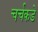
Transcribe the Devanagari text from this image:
चर्चकडे